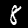
Label: 8